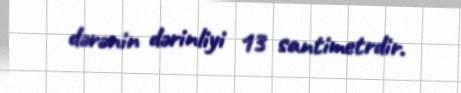
dərənin dərinliyi 13 santimetrdir.